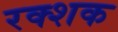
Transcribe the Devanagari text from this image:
रक्शक